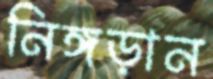
নিঙ্গড়ান